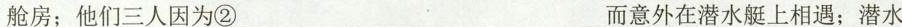
舱房；他们三人因为②___而意外在潜水艇上相遇；潜水